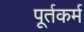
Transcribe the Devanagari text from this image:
पूर्तकर्म